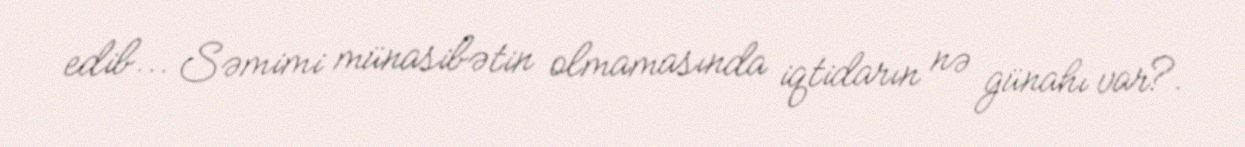
edib... Səmimi münasibətin olmamasında iqtidarın nə günahı var?.